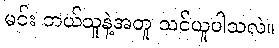
မင်း ဘယ်သူနဲ့အတူ သင်ယူပါသလဲ။